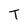
Character: T